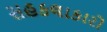
સહકલાકારો